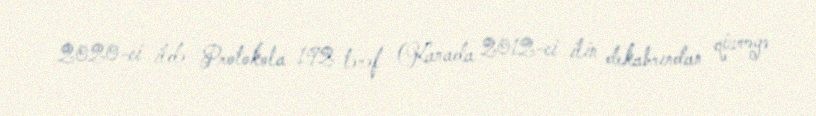
2020-ci ildə Protokola 192 tərəf (Kanada 2012-ci ilin dekabrından qüvvəyə